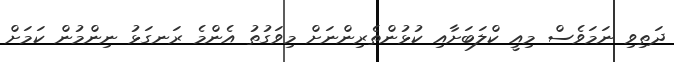
ދަތިވި ނަމަވެސް މިއީ ކްލަބަށާއި ކުޅުންތެރިންނަށް މިވަގުތު އެންމެ ރަނގަޅު ނިންމުން ކަމަށް